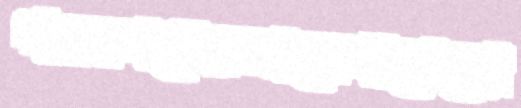
গমনপথেরআলেপাপেদ্রো